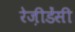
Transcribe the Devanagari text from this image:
रेज़ीडेंसी